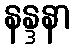
နန္ဒနာ